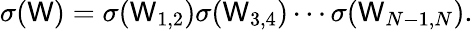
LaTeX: \sigma(\mathsf{W})=\sigma(\mathsf{W}_{1,2})\sigma(\mathsf{W}_{3,4})\cdots\sigma(\mathsf{W}_{N-1,N}).